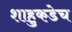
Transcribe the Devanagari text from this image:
शाहुकडेच